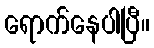
ရောက်နေပါပြီ။